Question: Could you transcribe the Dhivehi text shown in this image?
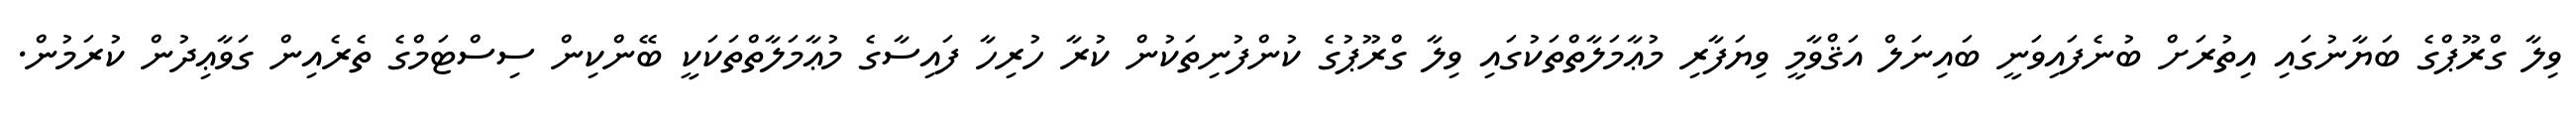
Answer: ވިލާ ގްރޫޕްގެ ބަޔާނުގައި އިތުރަށް ބުނެފައިވަނީ ބައިނަލް އަޤްވާމީ ވިޔަފާރި މުޢާމަލާތްތަކުގައި ވިލާ ގްރޫޕުގެ ކުންފުނިތަކުން ކުރާ ހުރިހާ ފައިސާގެ މުޢާމަލާތްތަކަކީ ބޭންކިން ސިސްޓަމްގެ ތެރެއިން ގަވާޢިދުން ކުރަމުން.